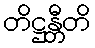
တိဋ္ဌန္တီတိ